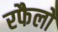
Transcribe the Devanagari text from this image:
रफैलो